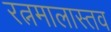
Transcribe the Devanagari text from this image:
रत्नमालास्तव